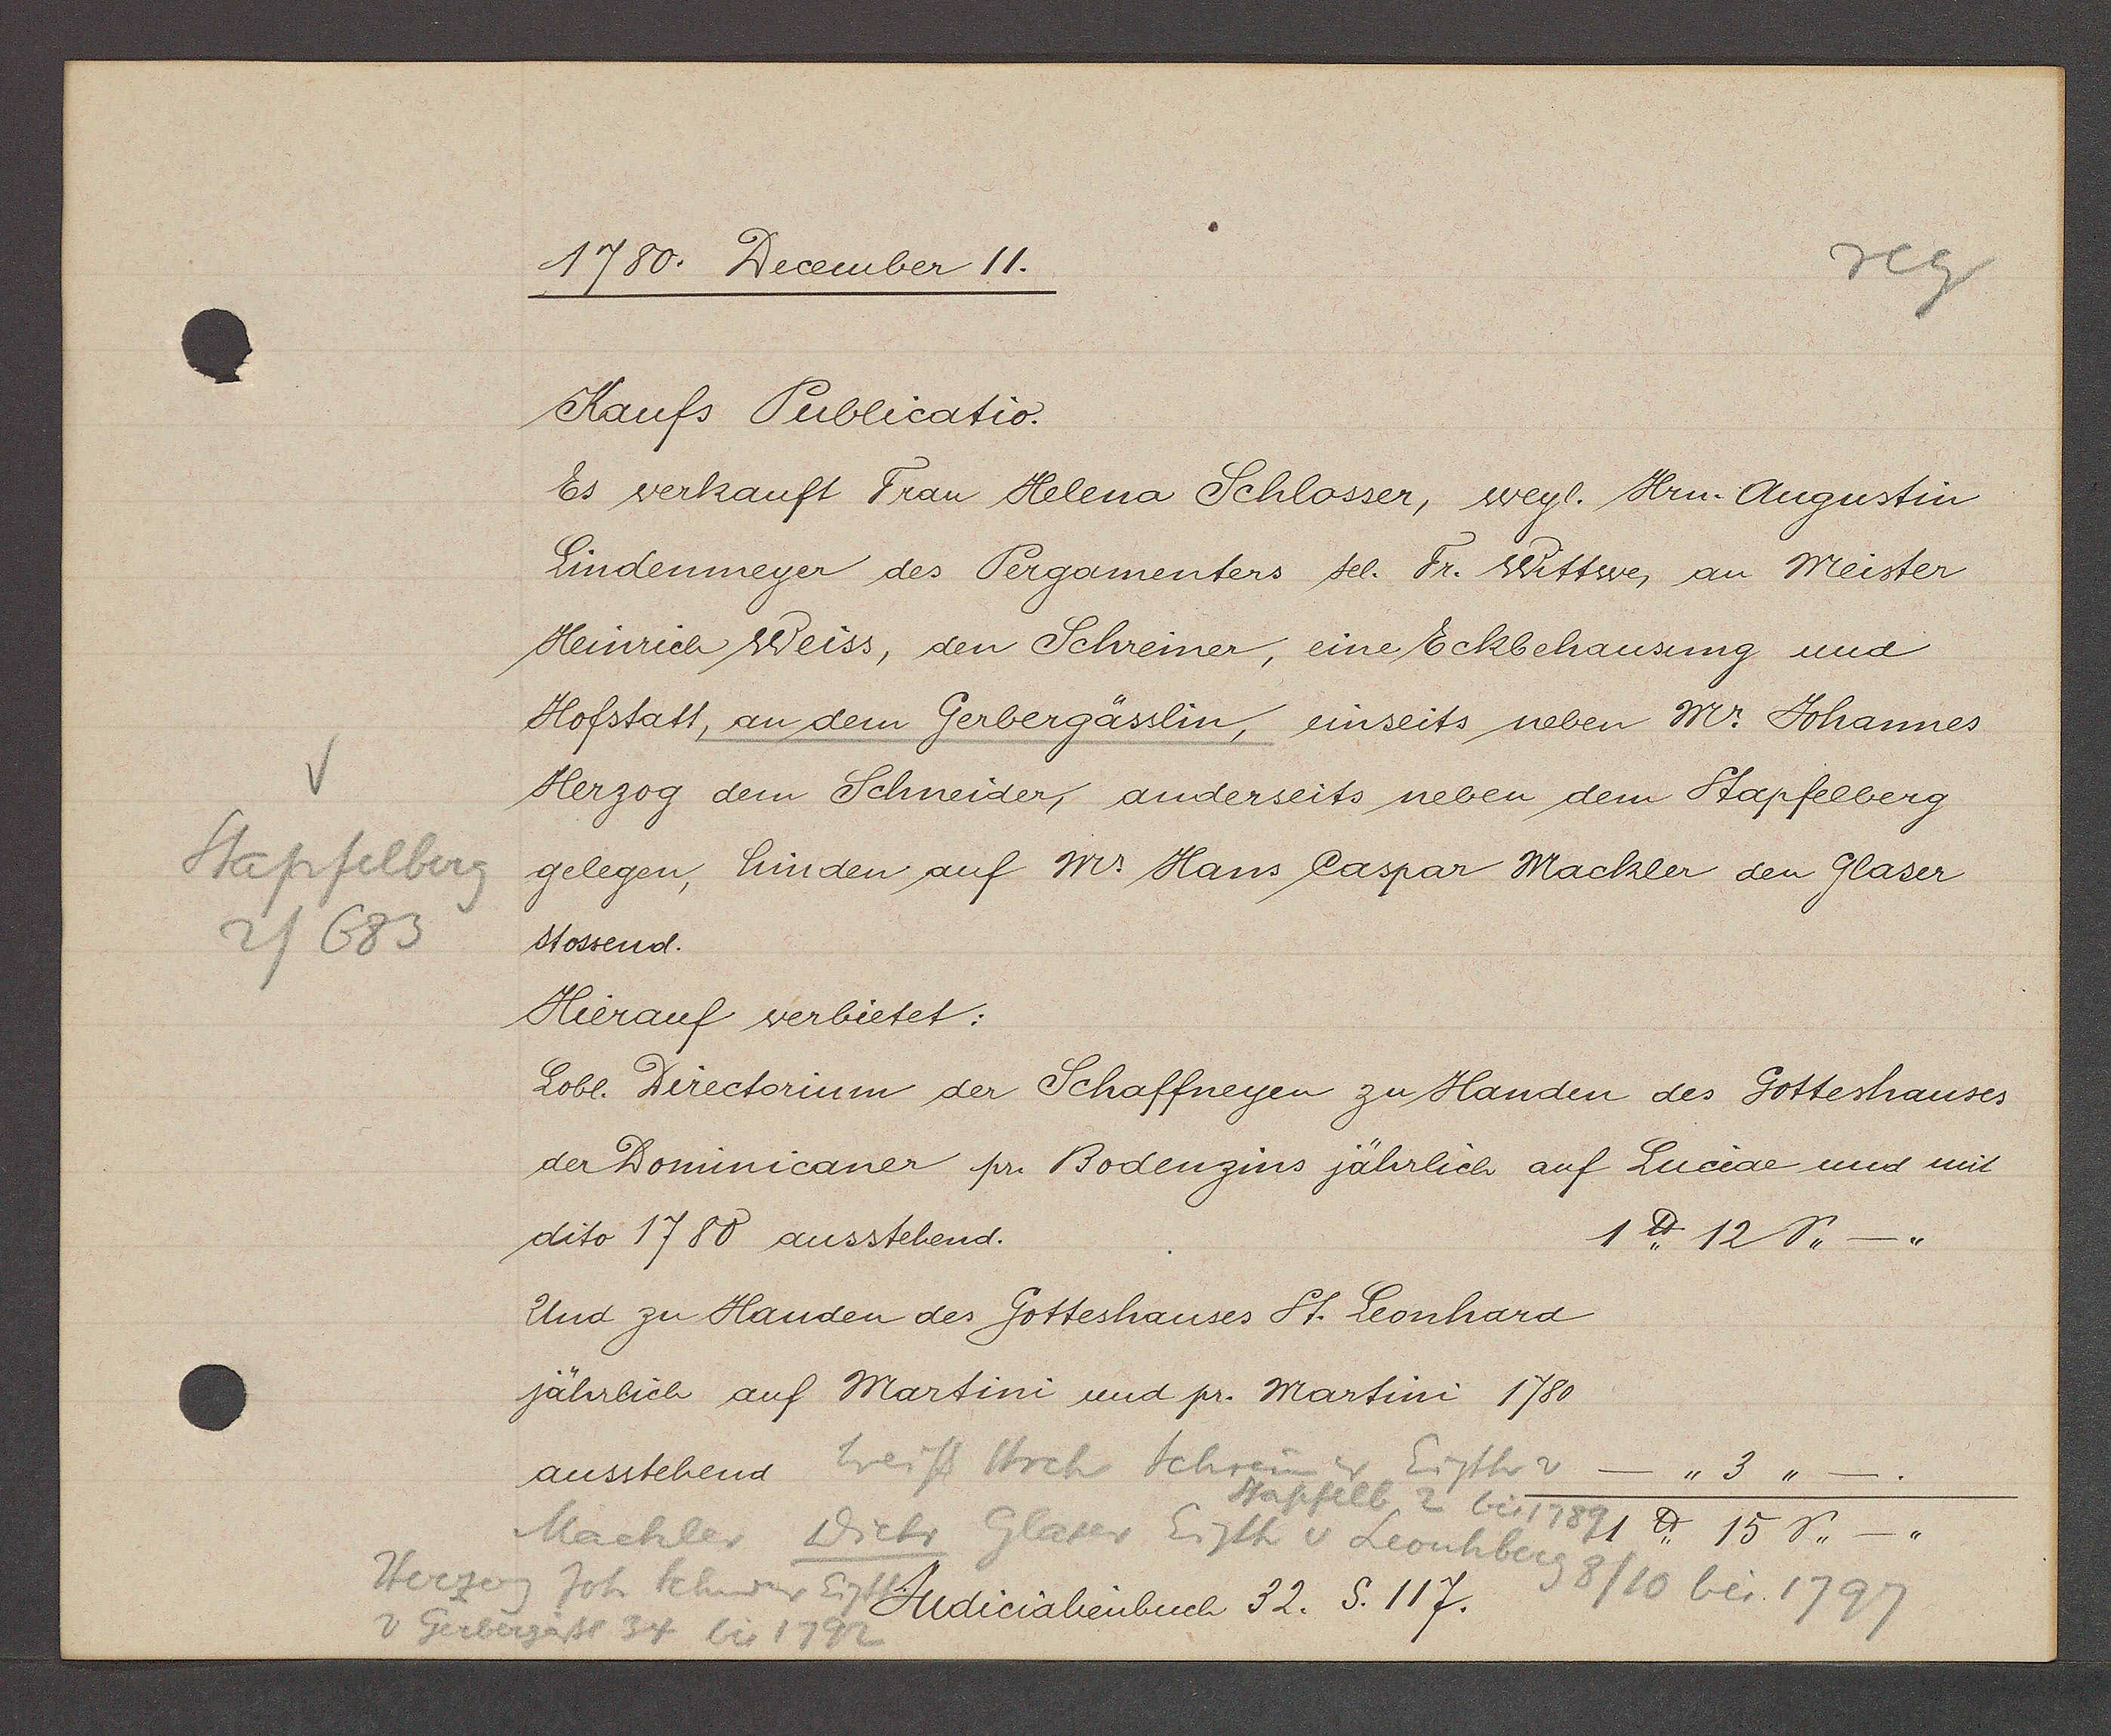
Transcript:
Stapfelberg
2/683

1780. December 11.

Kaufs Publicatio.
Es verkauft Frau Helena Schlosser, weyl. Hrn. Augustin
Lindenmeyer des Pergamenters sel. Fr. Wittwe, an Meister
Heinrich Weiss, den Schreiner, eine Eckbehausung und
Hofstatt, an dem Gerbergässlin, einseits neben Mr. Johannes
Herzog dem Schneider, anderseits neben dem Stapfelberg
gelegen, hinden auf Mr Hans Caspar Mackler den Glaser
stossend.
Hierauf verbietet:
Lobl. Directorium der Schaffneyen zu Handen des Gotteshauses
der Dominicaner pr. Bodenzins jährlich auf Luciae und mit
dito 1780 ausstehend.
1℔ 12 S ,,-,,
Und zu Handen des Gotteshauses St. Leonhard
jährlich auf Martini und pr. Martini 1780
ausstehend

Weiss Hrch Schreiner Eigth v _,,3,,
Stapfelb 2 bis 1789 1 ℔ 15 S ,,_,,
Machler Dietr Glaser Eigth v Leonhberg
Herzog
8/10 bei 1797
Joh. Schneider Eigth
v Gerbergäsl 34 bis 1792

Judicialienbuch 32. S. 117.